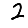
Digit: 2